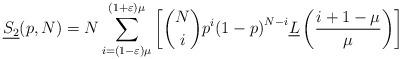
LaTeX: \begin{align*}\underline{S_2}(p, N) = N \sum\limits_{i = (1-\varepsilon)\mu}^{(1+\varepsilon)\mu} { \left[ \binom{N}{i} {{p}^i}{{\left( {1 - p} \right)}^{N - i}} \underline{L} \left( \frac{i + 1 - \mu}{\mu} \right) \right]}\end{align*}